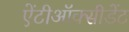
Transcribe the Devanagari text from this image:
ऐंटीऑक्सीडेंट